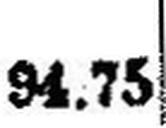
94.75